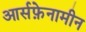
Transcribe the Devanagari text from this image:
आर्सफ़ेनामीन